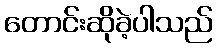
တောင်းဆိုခဲ့ပါသည်